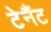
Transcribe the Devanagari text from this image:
टेनैंट